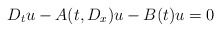
\begin{align*}D_t u-A(t,D_x)u-B(t)u=0\end{align*}